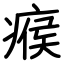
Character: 瘊